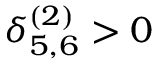
\delta _ { 5 , 6 } ^ { ( 2 ) } > 0